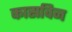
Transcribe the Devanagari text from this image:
कासविन